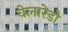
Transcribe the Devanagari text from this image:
वेलारेडो